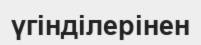
үгінділерінен